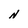
Character: N